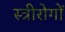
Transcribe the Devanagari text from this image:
स्त्रीरोगों